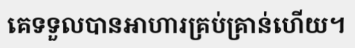
គេទទួលបានអាហារគ្រប់គ្រាន់ហើយ។